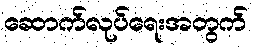
ဆောက်လုပ်ရေးအတွက်